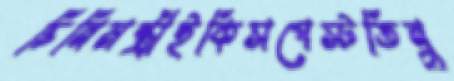
চিনিমন্ত্রীইকিসপেস্টতিনু